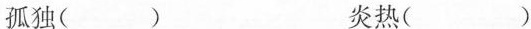
孤独( ) 炎热( )